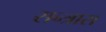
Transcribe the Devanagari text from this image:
सन्त्रास